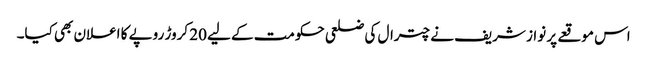
اس موقعے پر نواز شریف نے چترال کی ضلعی حکومت کے لیے 20 کروڑ روپے کا اعلان بھی کیا۔